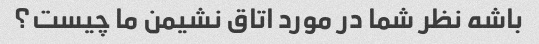
باشه نظر شما در مورد اتاق نشیمن ما چیست؟